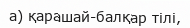
а) қарашай-балқар тілі,